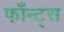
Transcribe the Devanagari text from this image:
फाँन्‍ट्‌स